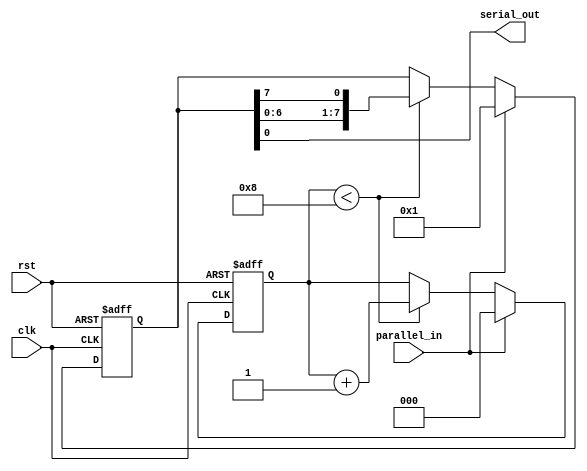
module PISO (
    input clk,  // Clock input
    input rst,  // Reset input
    input parallel_in, // Parallel input data
    output serial_out // Serial output data
);

reg [7:0] data;  // Eight-bit data register
reg [2:0] shift_cnt; // Shift count register

always @(posedge clk or posedge rst) begin
    if (rst) begin
        data <= 8'b0; // Initialize data to 0
        shift_cnt <= 3'b0; // Initialize shift count to 0
    end else begin
        if (parallel_in) begin
            data <= parallel_in; // Load parallel input data into data register
            shift_cnt <= 3'b0; // Reset shift count
        end else begin
            if (shift_cnt < 8) begin
                data <= {data[6:0], data[7]}; // Shift data register
                shift_cnt <= shift_cnt + 1; // Increment shift count
            end
        end
    end
end

assign serial_out = data[0]; // Output serial data

endmodule